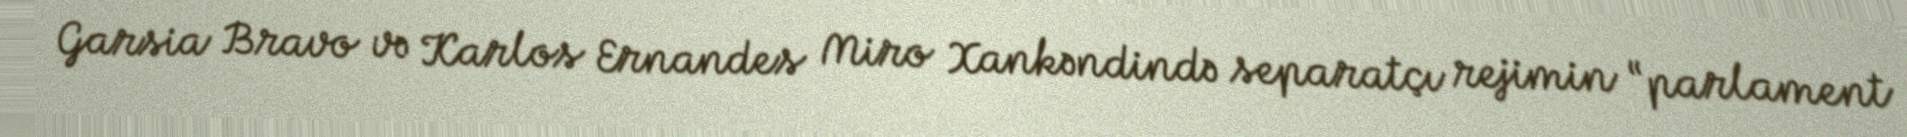
Garsia Bravo və Karlos Ernandes Miro Xankəndində separatçı rejimin “parlament